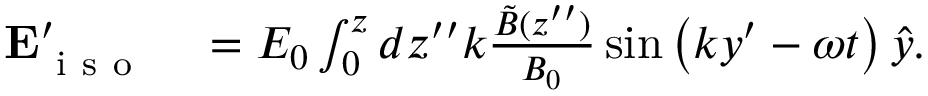
\begin{array} { r l } { \mathbf { E } _ { \mathrm { ~ i ~ s ~ o ~ } } ^ { \prime } } & { { } = E _ { 0 } \int _ { 0 } ^ { z } d z ^ { \prime \prime } k \frac { \tilde { B } ( z ^ { \prime \prime } ) } { B _ { 0 } } \sin \left( k y ^ { \prime } - \omega t \right) \hat { y } . } \end{array}